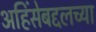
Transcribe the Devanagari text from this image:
अहिंसेबद्दलच्या